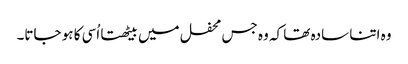
وہ اتنا سادہ تھا کہ وہ جس محفل میں بیٹھتا اُسی کا ہو جاتا۔